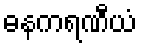
ဓနကရဏီယံ